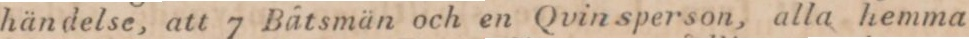
händelse, att 7 Båtsmän och en Qvin sperson, alla hemma